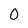
Character: 0